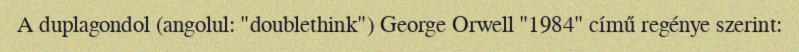
A duplagondol (angolul: "doublethink") George Orwell "1984" című regénye szerint: